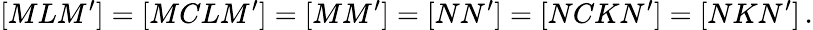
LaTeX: [MLM^{\prime}]=[MCLM^{\prime}]=[MM^{\prime}]=[NN^{\prime}]=[NCKN^{\prime}]=[NKN^{\prime}]\, .